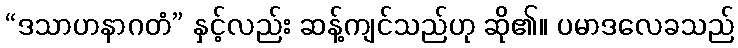
“ဒသာဟနာဂတံ” နှင့်လည်း ဆန့်ကျင်သည်ဟု ဆို၏။ ပမာဒလေခသည်